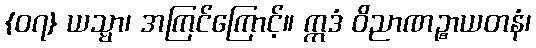
{၀၇} ယသ္မာ၊ အကြင်ကြောင့်။ ဣဒံ ဝိညာဏဉ္စာယတနံ၊